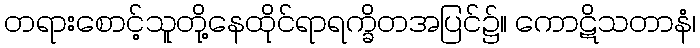
တရားစောင့်သူတို့နေထိုင်ရာရက္ခိတအပြင်၌။ ကောဋိသတာနံ၊